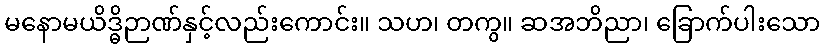
မနောမယိဒ္ဓိဉာဏ်နှင့်လည်းကောင်း။ သဟ၊ တကွ။ ဆအဘိညာ၊ ခြောက်ပါးသော